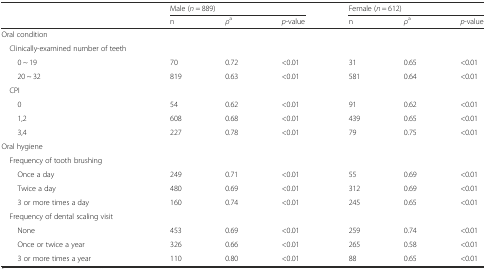
| <ROWSPAN=2>  | <COLSPAN=3> Male (n = 889) | <COLSPAN=3> Female (n = 612) |
 | n | ρa | p-value | n | ρa | p-value |
 | --- | --- | --- | --- | --- | --- | --- |
 | Oral condition |  |  |  |  |  |  |
 | Clinically-examined number of teeth |  |  |  |  |  |  |
 | 0 ~ 19 | 70 | 0.72 | <0.01 | 31 | 0.65 | <0.01 |
 | 20 ~ 32 | 819 | 0.63 | <0.01 | 581 | 0.64 | <0.01 |
 | CPI |  |  |  |  |  |  |
 | 0 | 54 | 0.62 | <0.01 | 91 | 0.62 | <0.01 |
 | 1,2 | 608 | 0.68 | <0.01 | 439 | 0.65 | <0.01 |
 | 3,4 | 227 | 0.78 | <0.01 | 79 | 0.75 | <0.01 |
 | Oral hygiene |  |  |  |  |  |  |
 | Frequency of tooth brushing |  |  |  |  |  |  |
 | Once a day | 249 | 0.71 | <0.01 | 55 | 0.69 | <0.01 |
 | Twice a day | 480 | 0.69 | <0.01 | 312 | 0.69 | <0.01 |
 | 3 or more times a day | 160 | 0.74 | <0.01 | 245 | 0.65 | <0.01 |
 | Frequency of dental scaling visit |  |  |  |  |  |  |
 | None | 453 | 0.69 | <0.01 | 259 | 0.74 | <0.01 |
 | Once or twice a year | 326 | 0.66 | <0.01 | 265 | 0.58 | <0.01 |
 | 3 or more times a year | 110 | 0.80 | <0.01 | 88 | 0.65 | <0.01 |